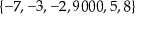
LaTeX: \{ - 7 , - 3 , - 2 , 9 0 0 0 , 5 , 8 \}